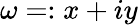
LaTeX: \omega=:x+iy